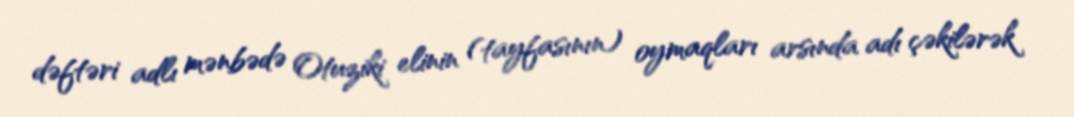
dəftəri adlı mənbədə Otuziki elinin (tayfasının) oymaqları arsında adı çəkilərək